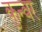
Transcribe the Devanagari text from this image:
कुन्वर